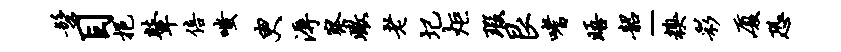
髫目挹鼙倍嗤臾溽察瞰老圮炬瑕艮嗜晤韶-糗彩厦恐